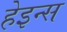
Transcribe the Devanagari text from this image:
हेइन्स